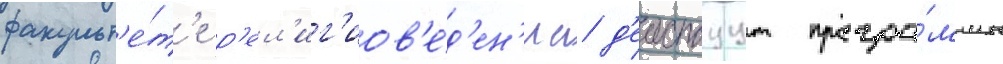
факульт'е́т'е р'ел'иг'иов'е́д'ен'иа д'еиствуут програ́ммы